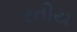
રતીય